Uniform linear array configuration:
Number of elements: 48
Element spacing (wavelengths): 1
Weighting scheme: binomial
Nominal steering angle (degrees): -60
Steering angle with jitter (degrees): -60.648
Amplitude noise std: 0.05
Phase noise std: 0.05

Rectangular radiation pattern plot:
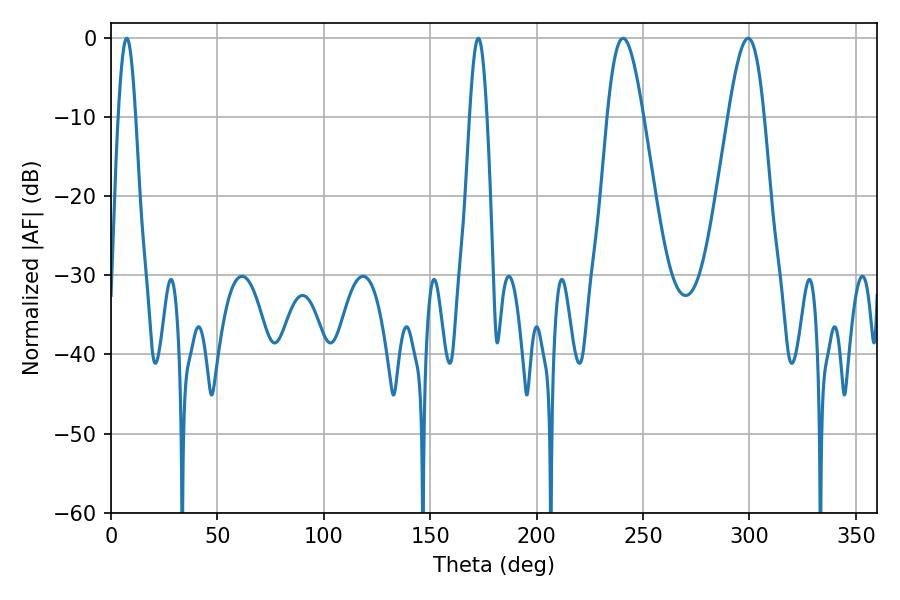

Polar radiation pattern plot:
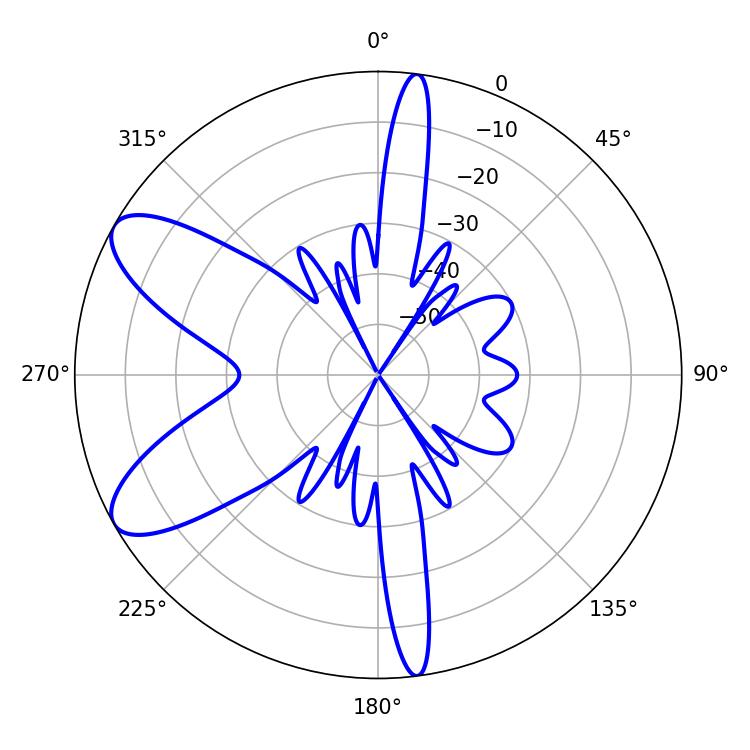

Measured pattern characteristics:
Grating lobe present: TRUE
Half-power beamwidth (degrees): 4.32
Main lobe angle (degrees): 7.38